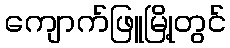
ကျောက်ဖြူမြို့တွင်